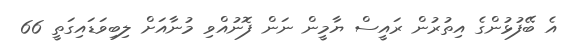
އެ ބޭފުޅުންގެ އިތުރުން ރައީސް ޔާމީން ނަން ފޮނުއްވި މުނާއަށް ލިބިވަޑައިގަތީ 66